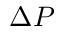
\Delta P